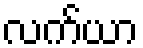
လက်ယာ